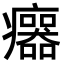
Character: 𤼅